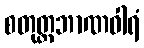
စတုတ္ထဘာဏဝါရံ